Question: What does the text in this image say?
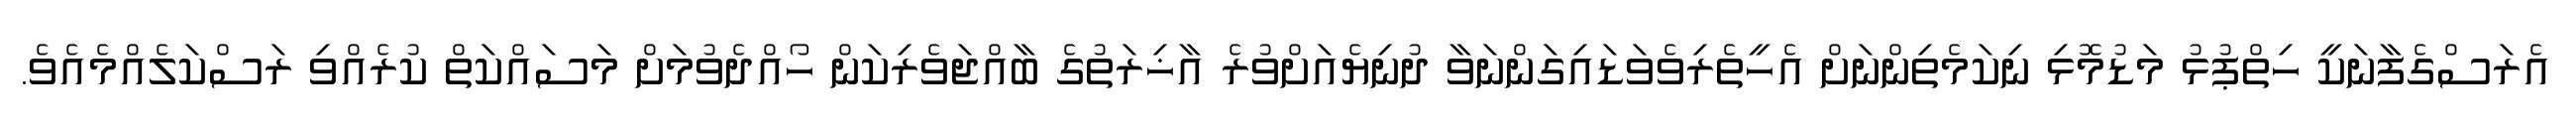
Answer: އެރަސްގެފާނަކީ ހިތްޕުޅު މަޑުމޮޅި ނިކަމެތިންނަށް އެހީތެރިވެވަޑައިގަންނަވާ ދުނިޔެއަށްވުރެ އާޚިރަތުގެ ބާއްޖަވެރިކަން ހޯއްދެވުމަށް މަސައްކަތް ކުރެއްވި ރަސްކަލެއްމެއެވެ.